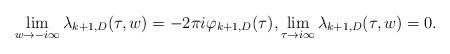
LaTeX: \begin{align*}\lim_{w \to -i\infty} \lambda_{k+1,D}(\tau,w) = -2\pi i\varphi_{k+1,D}(\tau), \lim_{\tau \to i\infty} \lambda_{k+1,D}(\tau,w) = 0.\end{align*}